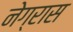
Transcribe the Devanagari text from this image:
नेग्रास